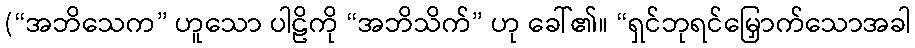
(“အဘိသေက” ဟူသော ပါဠိကို “အဘိသိက်” ဟု ခေါ်၏။ “ရှင်ဘုရင်မြှောက်သောအခါ